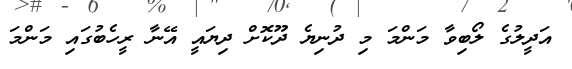
އަދީލުގެ ލޯބިވާ މަންމަ މި ދުނިޔެ ދޫކޮށް ދިޔައީ އޭނާ ރީހެބުގައި މަންމަ